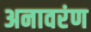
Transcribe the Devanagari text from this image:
अनावरंण